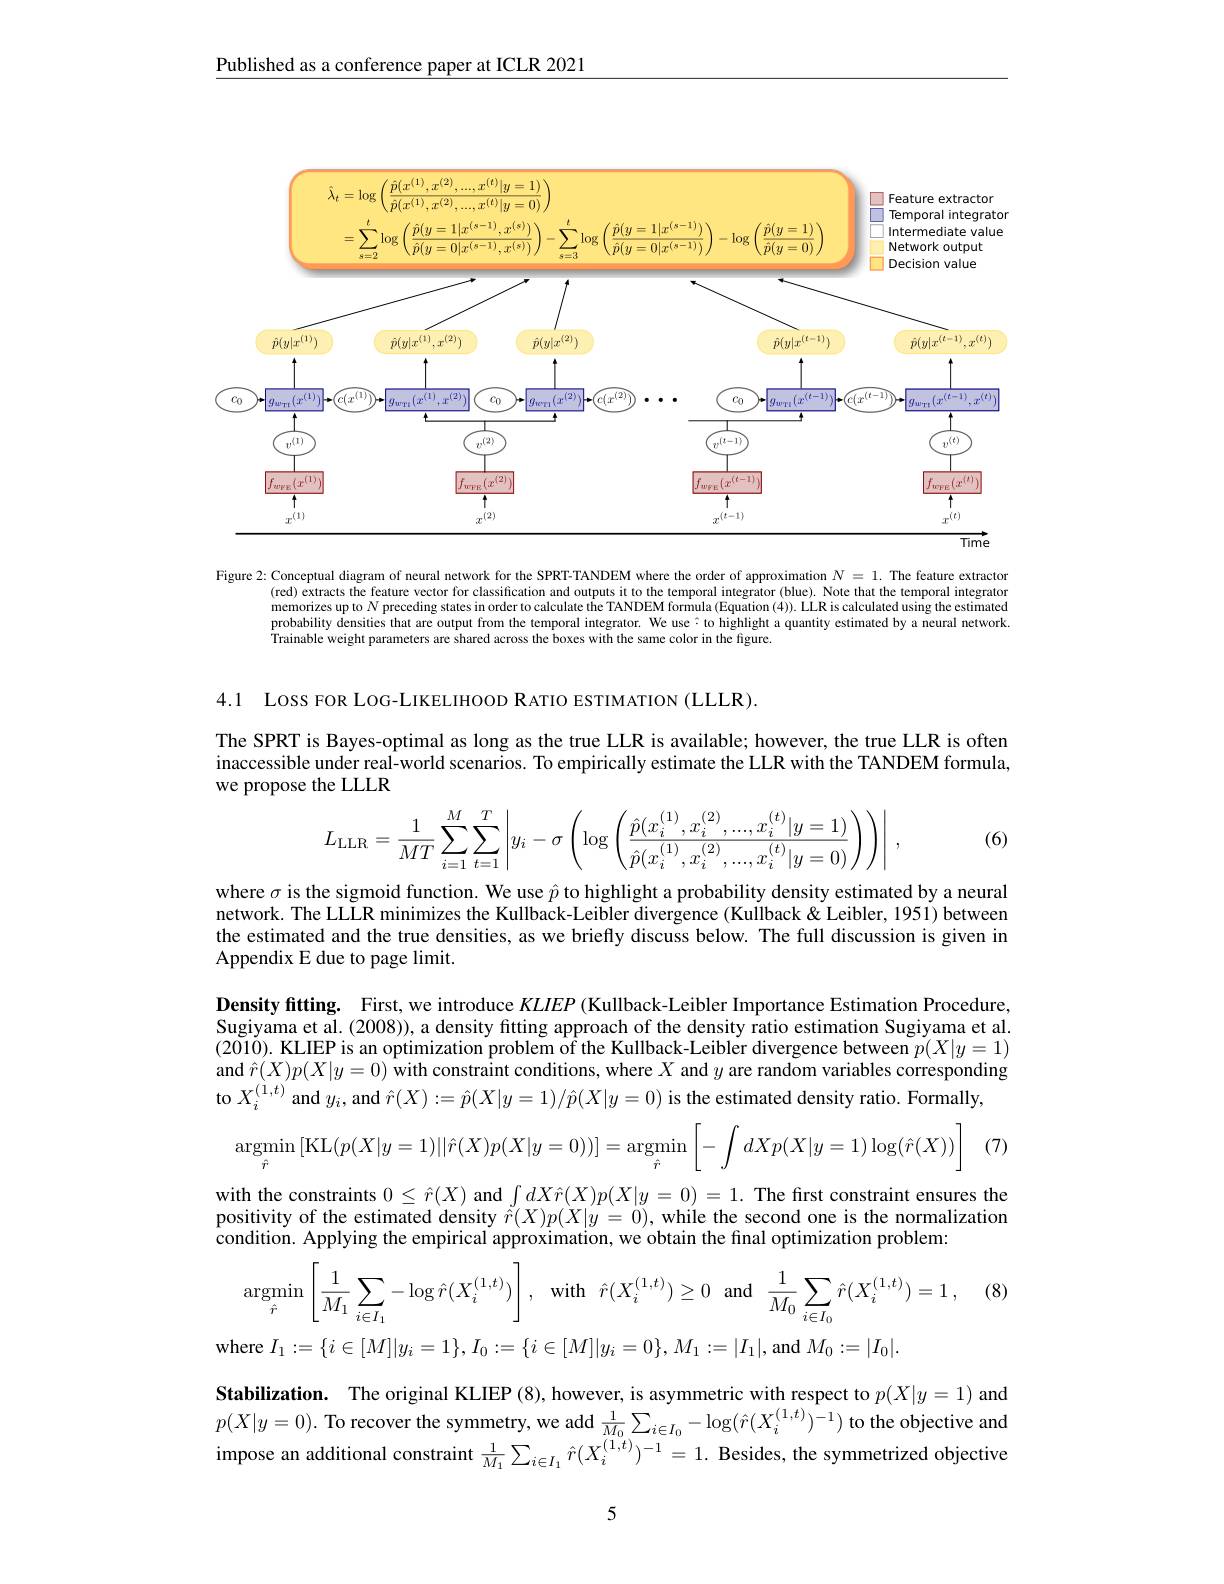
Published as a conference paper at ICLR 2021

<FigureHere>

Figure 2: Conceptual diagram of neural network for the SPRT-TANDEM where the order of approximation $N=1.$ The feature extracton
(red) extracts the feature vector for classification and outputs it to the temporal integrator (blue). Note that the temporal integrator memorizes up to $N$ preceding states in order to calculate the TANDEM formula (Equation (4)). LLR is calculated using the estimated probability densities that are output from the temporal integrator. We use
highlight a quantity estimated by a neural network.
Trainable weight parameters are shared across the boxes with the same color in the figure.

4.1 Loss FOR LOG-LIKELIHOOD RATIO ESTIMATION (LLLR).

The SPRT is Bayes-optimal as long as the true LLR is available; however, the true LLR is often inaccessible under real-world scenarios. To empirically estimate the LLR with the TANDEM formula, we propose the LLLR
$$L_{\text{LLR}}=\dfrac{1}{MT}\sum_{i=1}^{M}\sum_{t=1}^{T}\left|y_{i}-\sigma\left(\log\left(\dfrac{\hat{p}(x_{i}^{(1)},x_{i}^{(2)},...,x_{i}^{(t)}|y=1)}{\hat{p}(x_{i}^{(1)},x_{i}^{(2)},...,x_{i}^{(t)}|y=0)}\right)\right)\right|\:,$$
(6)

where $\sigma$ is the sigmoid function. We use $\hat{p}$ to highlight a probability density estimated by a neural network. The LLLR minimizes the Kullback-Leibler divergence (Kullback &Leibler, 1951) between the estimated and the true densities, as we briefly discuss below. The full discussion is given in Appendix E due to page limit.

Density fitting. First, we introduce $KLIEP$ (Kullback-Leibler Importance Estimation Procedure, Sugiyama et al. (2008)), a density fitting approach of the density ratio estimation Sugiyama et al. (2010). KLIEP is an optimization problem of the Kullback-Leibler divergence between $p(X|y=1)$ and $\hat{r}(X)p(X|y=0)\hat{\text{with constraint conditions, where }X}$ and $y$ are random variables corresponding to $X_i^{(1,t)}$ and $y_i$, and $\hat{r}(X):=\hat{p}(X|y=1)/\hat{p}(X|y=0)$ is the estimated density ratio. Formally,
$$\mathop{\mathrm{argmin}}_{\hat{r}}\left[\mathop{\mathrm{KL}}(p(X|y=1)||\hat{r}(X)p(X|y=0))\right]=\mathop{\mathrm{argmin}}_{\hat{r}}\left[-\int dXp(X|y=1)\log(\hat{r}(X))\right]\quad($$
with the constraints $0\leq\hat{r}(X)$ and $\int dX\hat{r}(X)p(X|y=0)=1.$ The first constraint ensures the positivity of the estimated density $\hat{r}(X)p(X|y=0)$, while the second one is the normalization condition. Applying the empirical approximation, we obtain the final optimization problem:

(8)
$$\operatorname{argmin}_{\hat{r}}\left[\frac{1}{M_1}\sum_{i\in I_1}-\log\hat{r}(X_i^{(1,t)})\right],\:\operatorname{with}\:\hat{r}(X_i^{(1,t)})\geq0\:\operatorname{and}\:\frac{1}{M_0}\sum_{i\in I_0}\hat{r}(X_i^{(1,t)})=1\:,$$
where $I_1:=\{i\in[M]|y_i=1\},I_0:=\{i\in[M]|y_i=0\},M_1:=|I_1|$,and $M_0:=|I_0|.$

Stabilization. The original KLIEP (8), however, is asymmetric with respect to $p(X|y=1)$ and $p(X|y=0).$ To recover the symmetry, we add $\frac1{M_0}\sum_{i\in I_0}-\log(\hat{r}(X_i^{(1,t)})^{-1})$ to the objective and impose an additional constraint $\frac1{M_1}\sum_{i\in I_1}\hat{r}(X_i^{(1,t)})^{-1}=1.$ Besides, the symmetrized objective

5